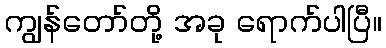
ကျွန်တော်တို့ အခု ရောက်ပါပြီ။